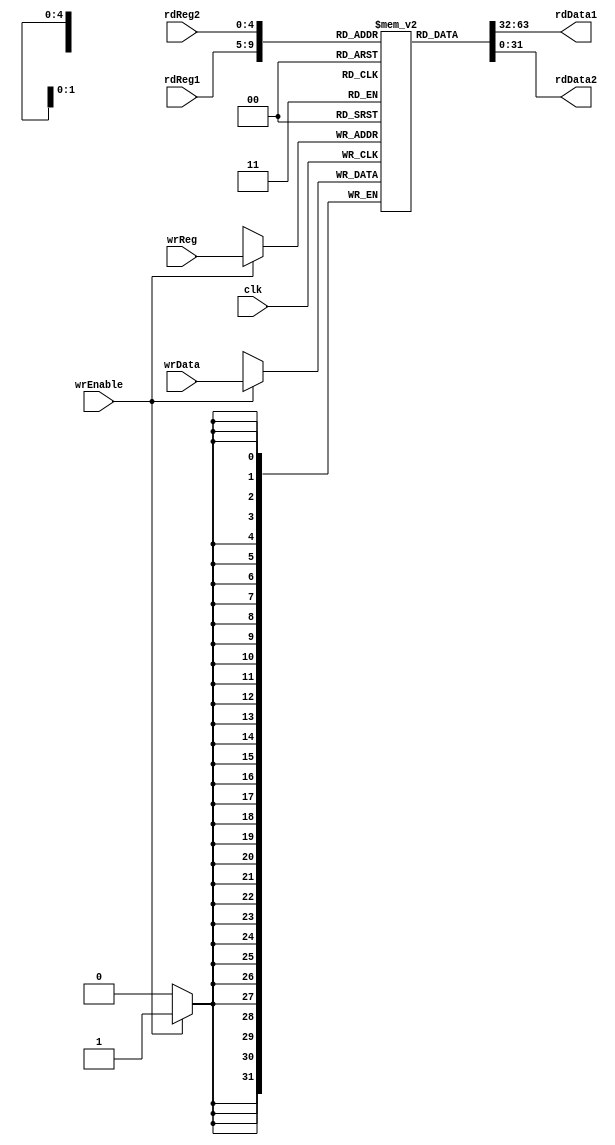
module registerFile (input wrEnable, input [4:0] wrReg, input [31:0] wrData, input [4:0] rdReg1, output [31:0] rdData1, input [4:0] rdReg2, output [31:0] rdData2, input clk);

	reg [31:0] regFile [31:0];
	assign rdData1 = regFile[rdReg1];
	assign rdData2 = regFile[rdReg2];
	always @(posedge clk) begin if (wrEnable) begin regFile[wrReg] <= wrData; end end

endmodule

module registerFile_tb();

	reg wrEnable;
	reg [4:0] wrReg;
	reg [31:0] wrData;
	reg [4:0] rdReg1;
	wire [31:0] rdData1;
	reg [4:0] rdReg2;
	wire [31:0] rdData2;
	reg clk;
	reg [5:0] index;

	always begin #5 clk = ~clk; end

	initial 
    begin
		clk = 0;
		wrEnable = 1;
		for (index = 0; index < 10; index = index + 1) begin #10 wrReg = index; wrData = index * 2; $display ("Write Address:%d Write Data:%d", wrReg, wrData); end
        $display("\n\nReading data\n");
		#10 rdReg1 = 0; rdReg2 = 1; #2 $display ("Read Address1:%d ReadData1:%d \tRead Address2:%d ReadData2:%d", rdReg1, rdData1, rdReg2, rdData2);
		#10 rdReg1 = 2; rdReg2 = 3; #2 $display ("Read Address1:%d ReadData1:%d \tRead Address2:%d ReadData2:%d", rdReg1, rdData1, rdReg2, rdData2);
		#10 rdReg1 = 4; rdReg2 = 5; #2 $display ("Read Address1:%d ReadData1:%d \tRead Address2:%d ReadData2:%d", rdReg1, rdData1, rdReg2, rdData2);
		#10 rdReg1 = 6; rdReg2 = 7; #2 $display ("Read Address1:%d ReadData1:%d \tRead Address2:%d ReadData2:%d", rdReg1, rdData1, rdReg2, rdData2);
		#10 rdReg1 = 8; rdReg2 = 9; #2 $display ("Read Address1:%d ReadData1:%d \tRead Address2:%d ReadData2:%d", rdReg1, rdData1, rdReg2, rdData2);

	end

	registerFile regFile1 (wrEnable, wrReg, wrData, rdReg1, rdData1, rdReg2, rdData2, clk);

endmodule